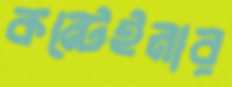
কন্টেইনার